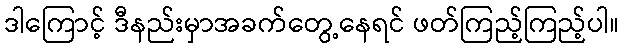
ဒါကြောင့် ဒီနည်းမှာအခက်တွေ့နေရင် ဖတ်ကြည့်ကြည့်ပါ။